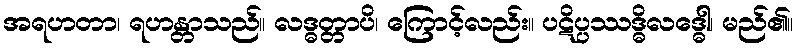
အရဟတာ၊ ရဟန္တာသည်။ လဒ္ဓတ္တာပိ၊ ကြောင့်လည်း။ ပဋိပ္ပဿဒ္ဓိလဒ္ဓေါ၊ မည်၏။